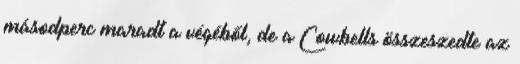
másodperc maradt a végéből, de a Cowbells összeszedte az